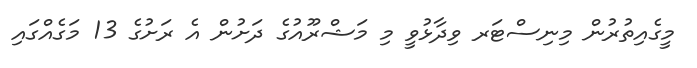
މީގެއިތުރުން މިނިސްޓަރ ވިދާޅުވީ މި މަޝްރޫއުގެ ދަށުން އެ ރަށުގެ 13 މަގެއްގައި